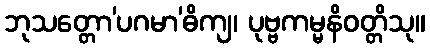
ဘုသတ္တော’ပဂမာ’ဓိကျ၊ ပုဗ္ဗကမ္မနိဝတ္တိသု။